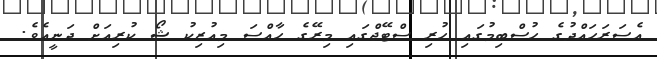
އެސަރަހައްދުގެ ހުސްބިމުގައި ހުރި ސްޓޭޖްގައި މިރޭގެ ހާއްސަ މިއުޒިކު ޝޯ ކުރިއަށް ދަނީއެވެ.